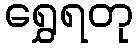
ရွှေရတု